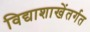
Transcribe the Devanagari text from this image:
विद्याशाखेंतर्गत